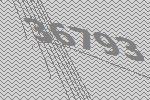
36793